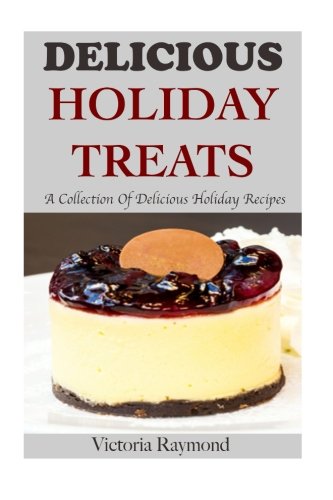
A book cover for Delicious Holiday Treats: A Collection of Healthy Holiday Recipes (Dessert Recipes, Holiday, Seasonal, Desserts, Thanksgiving Recipes, Christmas Recipes) (Volume 1); Victoria Raymond; Cookbooks, Food & Wine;